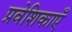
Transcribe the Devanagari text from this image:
प्रवेशिकाएँ